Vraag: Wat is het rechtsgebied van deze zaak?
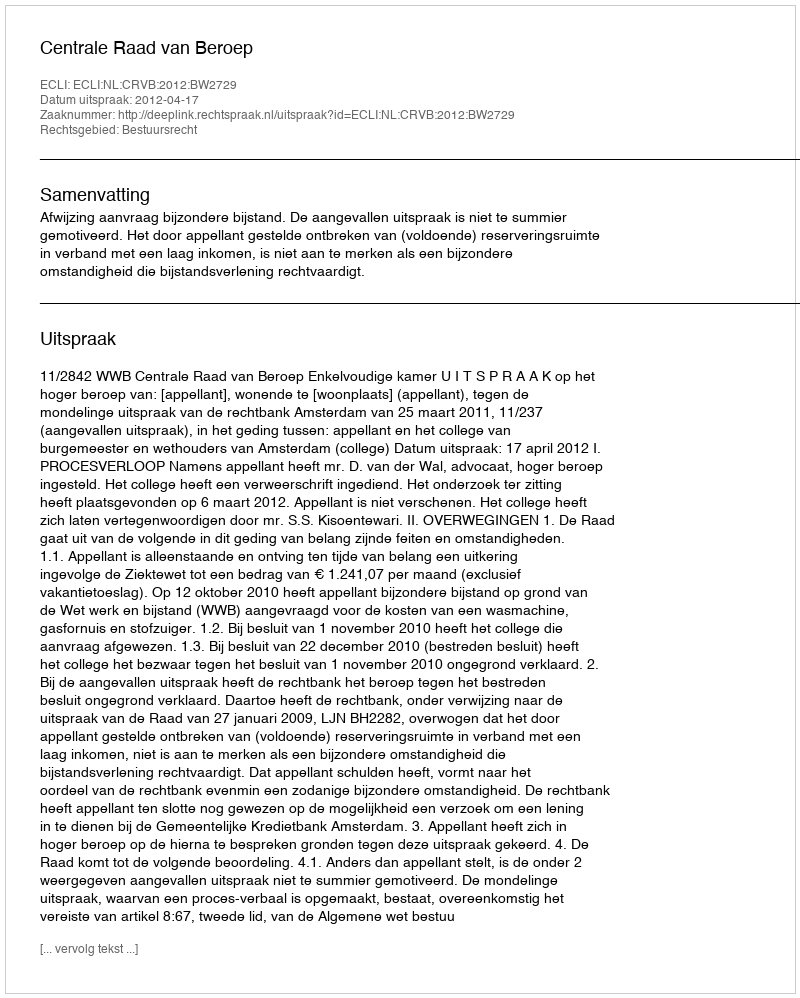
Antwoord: Bestuursrecht